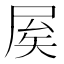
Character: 𡱢